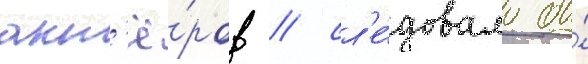
акт'ё́ров / сл'е́довало бы́